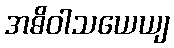
အဓိဝါသယေယျ